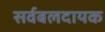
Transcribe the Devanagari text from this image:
सर्वबलदायक